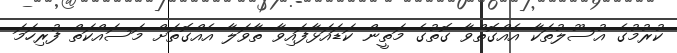
ކުރުމުގެ އުސޫލުތަކާ އެއްގޮތްވާ ގޮތުގެ މަތީން ކަޑައަޅާފައިވާ ތާވަލާ އެއްގޮތަށް މަސައްކަތް ފުރިހަމަ